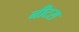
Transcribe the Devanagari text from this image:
नीटस